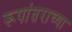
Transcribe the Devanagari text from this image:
रूपांतराच्या